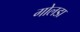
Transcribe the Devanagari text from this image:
गोलडा